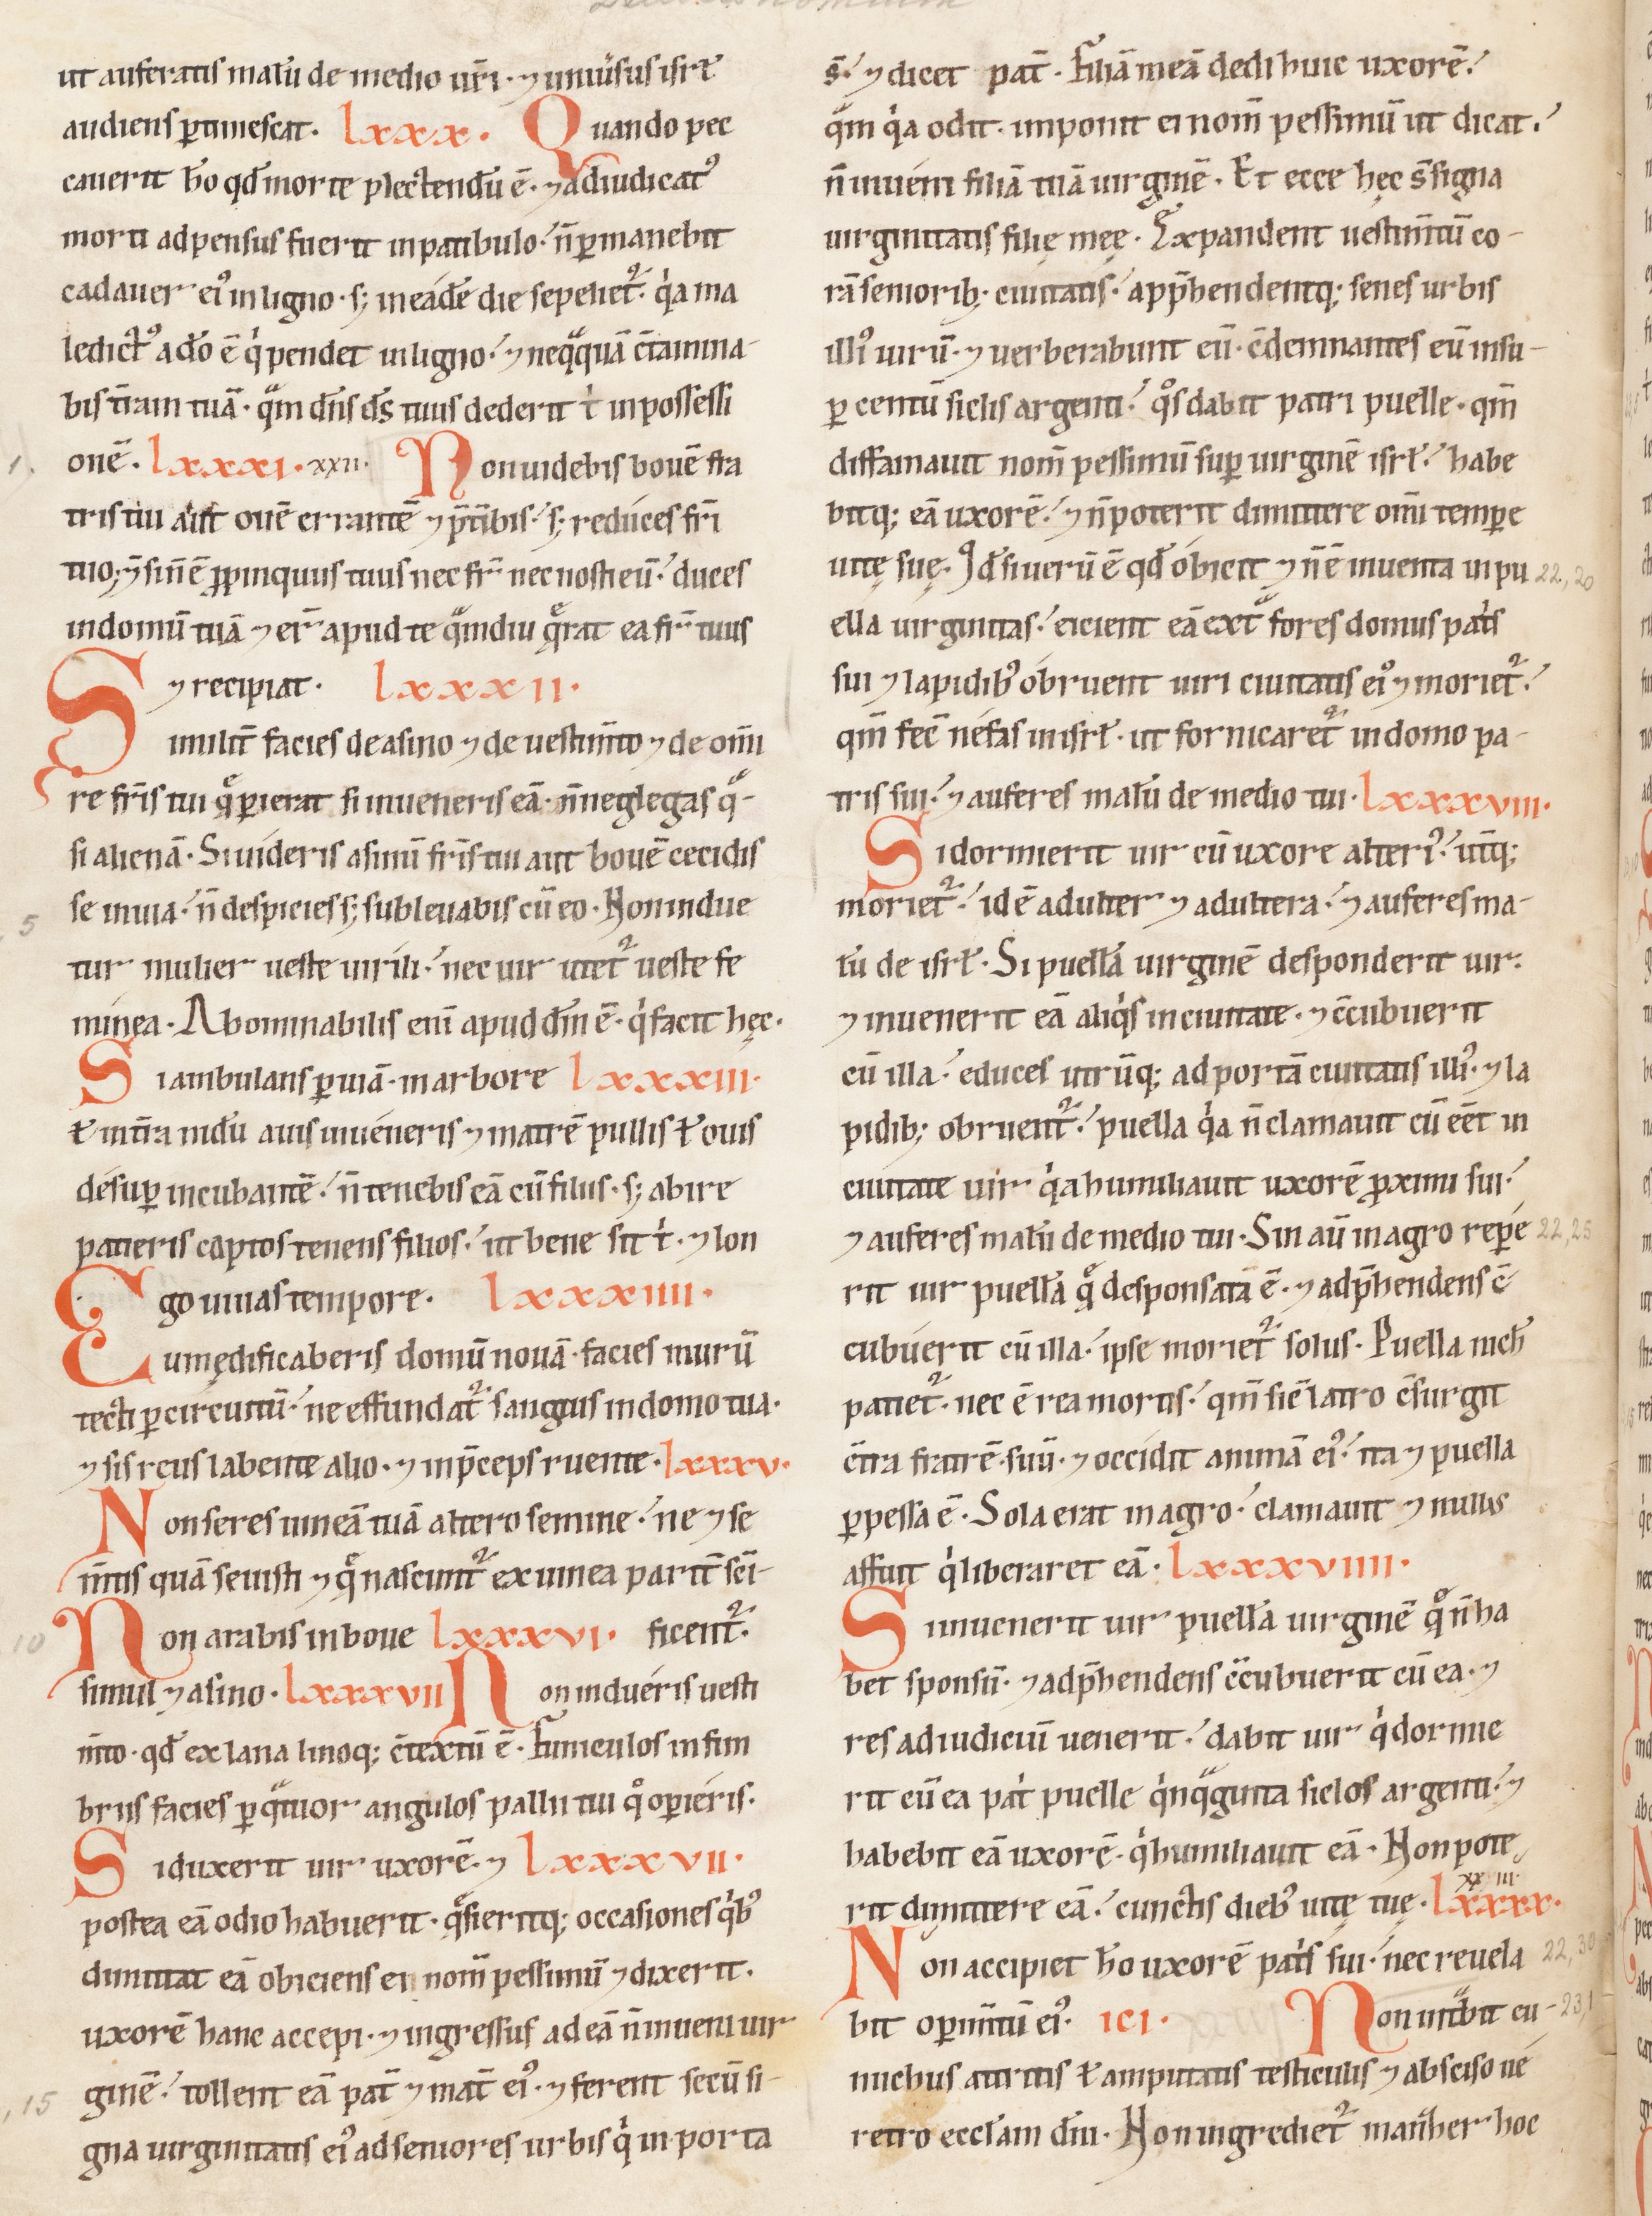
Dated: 1100–1199